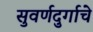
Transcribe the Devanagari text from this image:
सुवर्णदुर्गाचे